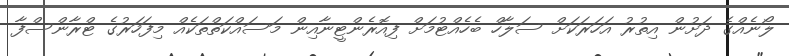
ލޯނެއްގެ ދަށުން އިތުރު އަހަރަކަށް ސަލާހް ބެހެއްޓުމަށް ފިއޮރެންޓީނާއިން މަސައްކަތްތަކެއް މިފަހަރުގެ ޓްރާންސްފާ